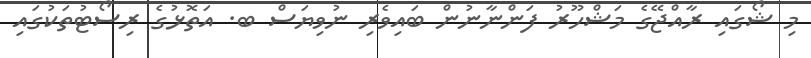
މި ޝޯގައި ރާއްޖޭގެ މަޝްހޫރު ފަންނާނުން ބައިވެރި ނުވިޔަސް ބ. އަތޮޅުގެ ރިސޯޓުތަކުގައި